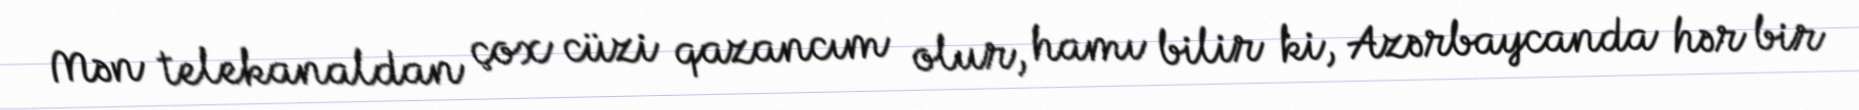
Mən telekanaldan çox cüzi qazancım olur, hamı bilir ki, Azərbaycanda hər bir